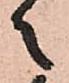
之